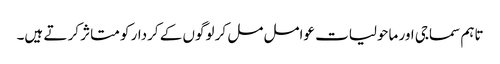
تاہم سماجی اور ماحولیات عوامل مل کر لوگوں کے کردار کو متاثر کر تے ہیں۔